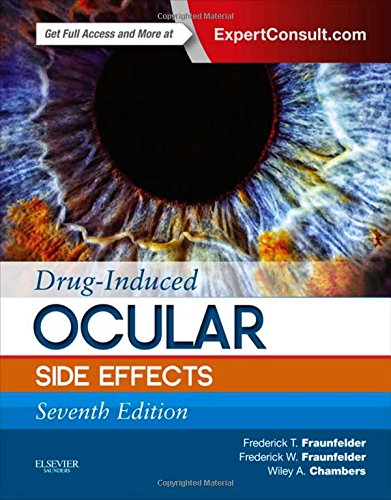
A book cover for Drug-Induced Ocular Side Effects: Clinical Ocular Toxicology, 7e; Frederick T. Fraunfelder MD; Medical Books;